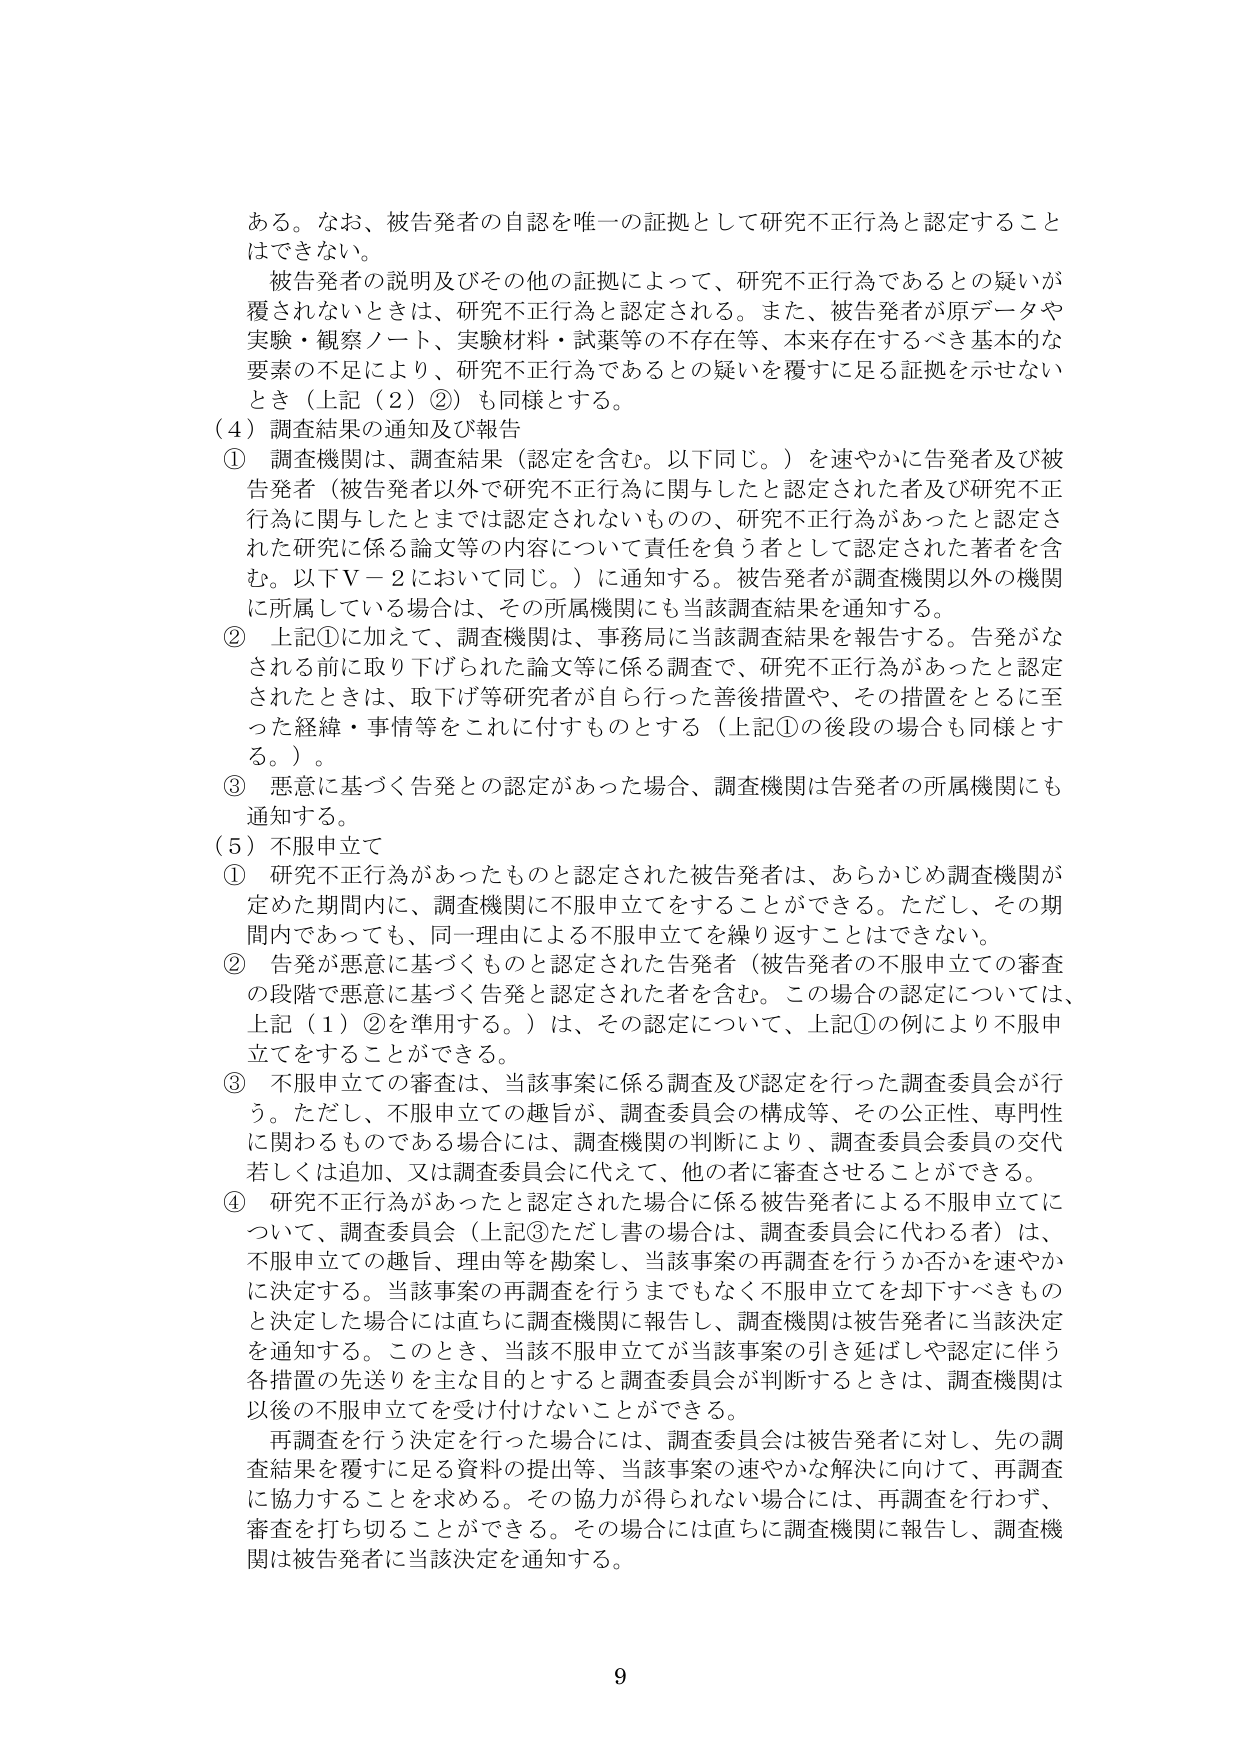
ある。なお、被告発者の自認を唯一の証拠として研究不正行為と認定することはできない。

被告発者の説明及びその他の証拠によって、研究不正行為であるとの疑いが覆されないときは、研究不正行為と認定される。また、被告発者が原データや実験・観察ノート、実験材料・試薬等の不存在等、本来存在するべき基本的な要素の不足により、研究不正行為であるとの疑いを覆すに足る証拠を示せないとき（上記（2）②）も同様とする。

（4）調査結果の通知及び報告

① 調査機関は、調査結果（認定を含む。以下同じ。）を速やかに告発者及び被告発者（被告発者以外で研究不正行為に関与したと認定された者及び研究不正行為に関与したとまでは認定されないものの、研究不正行為があったと認定された研究に係る論文等の内容について責任を負う者として認定された著者を含む。以下V－2において同じ。）に通知する。被告発者が調査機関以外の機関に所属している場合は、その所属機関にも当該調査結果を通知する。

② 上記①に加えて、調査機関は、事務局に当該調査結果を報告する。告発がなされる前に取り下げられた論文等に係る調査で、研究不正行為があったと認定されたときは、取り下げ等研究者が自ら行った善後措置や、その措置をとるに至った経緯・事情等をこれに付すものとする（上記①の後段の場合も同様とする。）。

③ 悪意に基づく告発との認定があった場合、調査機関は告発者の所属機関にも通知する。

（5）不服申立て

① 研究不正行為があったものと認定された被告発者は、あらかじめ調査機関が定めた期間内に、調査機関に不服申立てをすることができる。ただし、その期間内であっても、同一理由による不服申立てを繰り返すことはできない。

② 告発が悪意に基づくものと認定された告発者（被告発者の不服申立ての審査の段階で悪意に基づく告発と認定された者を含む。この場合の認定については、上記（1）②を準用する。）は、その認定について、上記①の例により不服申立てをすることができる。

③ 不服申立ての審査は、当該事案に係る調査及び認定を行った調査委員会が行う。ただし、不服申立ての趣旨が、調査委員会の構成等、その公正性、専門性に関わるものである場合には、調査機関の判断により、調査委員会委員の交代若しくは追加、又は調査委員会に代えて、他の者に審査させることができる。

④ 研究不正行為があったと認定された場合に係る被告発者による不服申立てについて、調査委員会（上記③ただし書の場合は、調査委員会に代わる者）は、不服申立ての趣旨、理由等を勘案し、当該事案の再調査を行うか否かを速やかに決定する。当該事案の再調査を行うまでもなく不服申立てを却下すべきものと決定した場合には直ちに調査機関に報告し、調査機関は被告発者に当該決定を通知する。このとき、当該不服申立てが当該事案の引き延ばしや認定に伴う各措置の先送りを主な目的とすると調査委員会が判断するときは、調査機関は以後の不服申立てを受け付けないことができる。

再調査を行う決定を行った場合には、調査委員会は被告発者に対し、先の調査結果を覆すに足る資料の提出等、当該事案の速やかな解決に向けて、再調査に協力することを求める。その協力が得られない場合には、再調査を行わず、審査を打ち切ることができる。その場合には直ちに調査機関に報告し、調査機関は被告発者に当該決定を通知する。

9